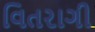
વિતરાગી